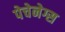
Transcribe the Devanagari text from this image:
पेचेनेग्स